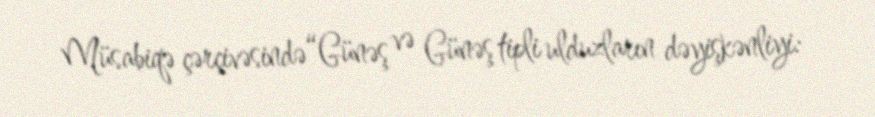
Müsabiqə çərçivəsində“Günəş və Günəş tipli ulduzların dəyişkənliyi: